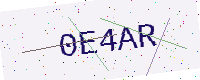
Text: 0E4AR